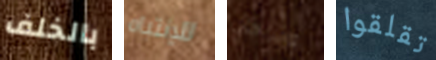
بالخلف للإنتباه والرجال تقلقوا